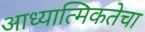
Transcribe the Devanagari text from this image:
आध्यात्मिकतेचा